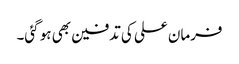
فرمان علی کی تدفین بھی ہو گئی۔